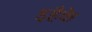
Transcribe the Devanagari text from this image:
इहैके